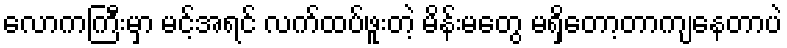
လောကကြီးမှာ မင့်အရင် လက်ထပ်ဖူးတဲ့ မိန်းမတွေ မရှိတော့တာကျနေတာပဲ